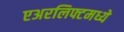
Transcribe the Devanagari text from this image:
एअरलिफ्टमध्ये